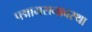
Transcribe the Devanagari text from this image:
पद्मामसनावस्था